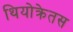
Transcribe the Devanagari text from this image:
थियोक्रेतस